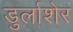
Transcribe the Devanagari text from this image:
डुर्लाशेर